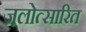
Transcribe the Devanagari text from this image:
जलोत्सारित